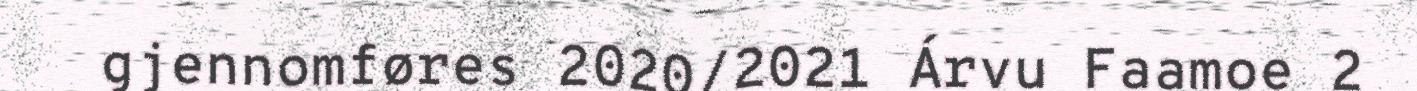
gjennomføres 2020/2021 Árvu Faamoe 2